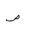
Letter: _sad